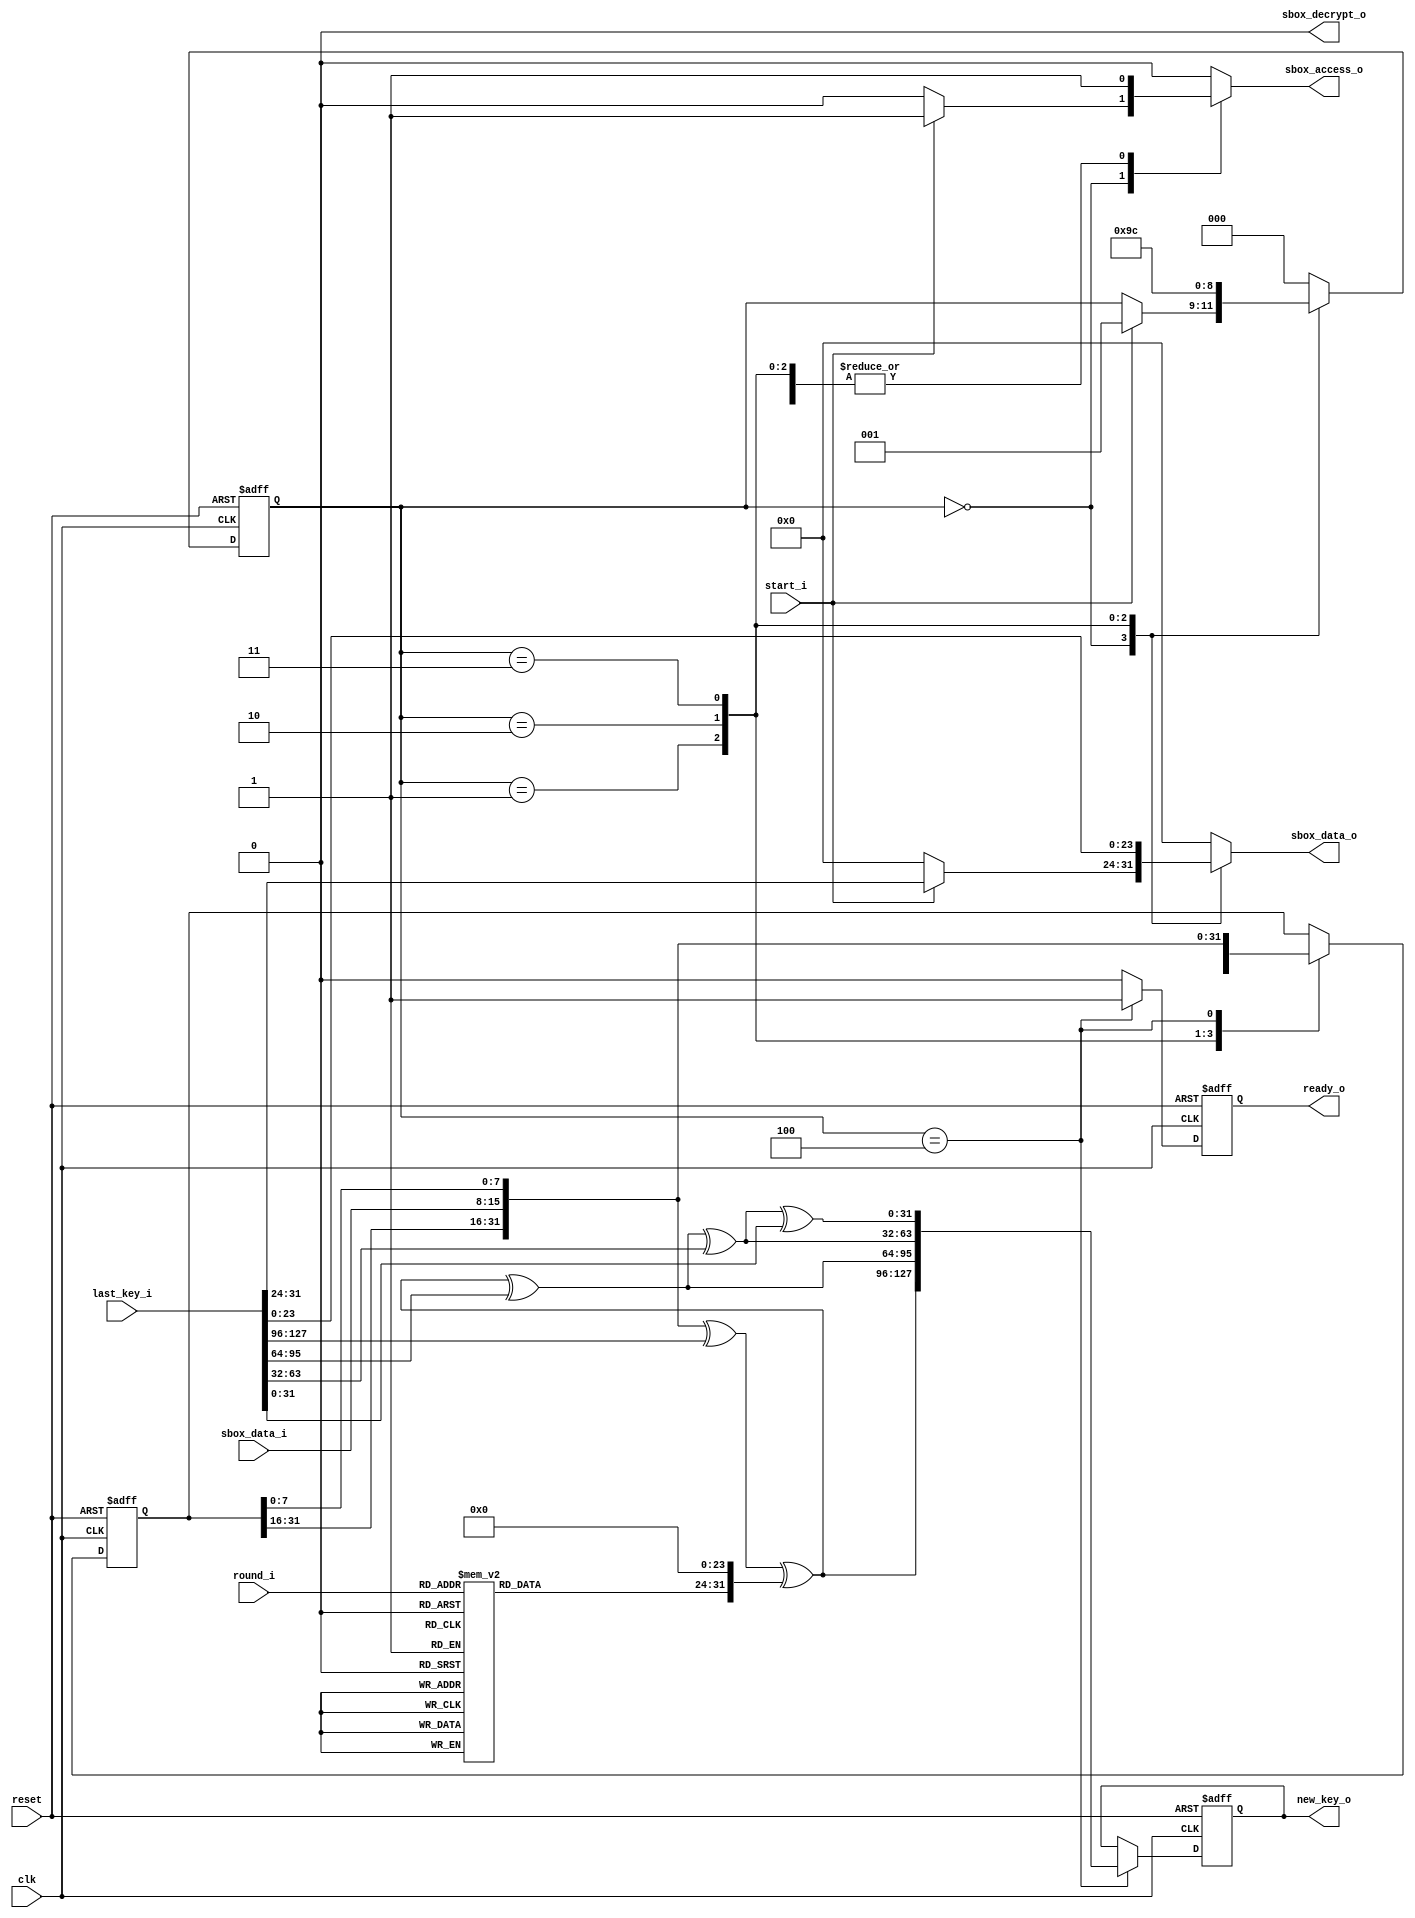
module keysched(clk,reset,start_i,round_i,last_key_i,new_key_o,ready_o,sbox_access_o,sbox_data_o,sbox_data_i,sbox_decrypt_o);

input clk;
input reset;
input start_i;
input [3:0] round_i;
input [127:0] last_key_i;
output [127:0] new_key_o;
output ready_o;
output sbox_access_o;
output [7:0] sbox_data_o;
input [7:0] sbox_data_i;
output sbox_decrypt_o;

reg [127:0] new_key_o;
reg ready_o;
reg sbox_access_o;
reg [7:0] sbox_data_o;
reg sbox_decrypt_o;

reg [2:0] next_state;
reg [2:0] state;
reg [7:0] rcon_o;
reg [31:0] next_col;
reg [31:0] col;
reg [127:0] key_reg;
reg [127:0] next_key_reg;
reg next_ready_o;


//rcon:
always @(  round_i)
begin

  case(round_i)

    1:
     begin
       rcon_o = (1);
     end
    2:
     begin
       rcon_o = (2);
     end
    3:
     begin
       rcon_o = (4);
     end
    4:
     begin
       rcon_o = (8);
     end
    5:
     begin
       rcon_o = ('h10);
     end
    6:
     begin
       rcon_o = ('h20);
     end
    7:
     begin
       rcon_o = ('h40);
     end
    8:
     begin
       rcon_o = ('h80);
     end
    9:
     begin
       rcon_o = ('h1B);
     end
   10:
     begin
       rcon_o = ('h36);
     end
   default:
     begin
       rcon_o = (0);
     end
  endcase

end


//registers:
always @(posedge clk or negedge reset)
begin

  if(!reset)
    begin
 
      state = (0);
      col = (0);
      key_reg = (0);
      ready_o = (0);

    end
    else
    begin
	
      state = (next_state);	
      col = (next_col);
      key_reg = (next_key_reg);
      ready_o = (next_ready_o);

    end

end


//generate_key:
reg[127:0] K_var,W_var;
reg[31:0] col_t;
reg[23:0] zero;
	
always @(start_i or last_key_i or sbox_data_i or state or rcon_o or col or key_reg)
begin

  zero=0;
	
  col_t=col;
  W_var=0;
	
  next_state = (state);
  next_col = (col);
	
  next_ready_o = (0);
  next_key_reg = (key_reg);
  new_key_o = (key_reg);
	
  sbox_decrypt_o = (0);
  sbox_access_o = (0);
  sbox_data_o = (0);
  K_var=last_key_i;
		
  case(state)
  //Substitute the bytes while rotating them
  //Four accesses to SBox are needed

    0:
     begin
       if(start_i)
       begin
	
         col_t=0;
         sbox_access_o = (1);
         sbox_data_o = (K_var[31:24]);
         next_state = (1);
	
       end
     end

    1:
     begin
	
       sbox_access_o = (1);
       sbox_data_o = (K_var[23:16]);
       col_t[7:0]=sbox_data_i;
       next_col = (col_t);
       next_state = (2);

     end

    2:
     begin

       sbox_access_o = (1);
       sbox_data_o = (K_var[15:8]);
       col_t[31:24]=sbox_data_i;
       next_col = (col_t);
       next_state = (3);

     end

    3:
     begin

       sbox_access_o = (1);
       sbox_data_o = (K_var[7:0]);	
       col_t[23:16]=sbox_data_i;
       next_col = (col_t);
       next_state = (4);
 
     end

    4:
     begin

       sbox_access_o = (1);
       col_t[15:8]=sbox_data_i;
       next_col = (col_t);
       W_var[127:96]=col_t^K_var[127:96]^{rcon_o,zero};		
       W_var[95:64]=W_var[127:96]^K_var[95:64];
       W_var[63:32]=W_var[95:64]^K_var[63:32];
       W_var[31:0]=W_var[63:32]^K_var[31:0];
       next_ready_o = (1);
       next_key_reg = (W_var);	
       next_state = (0);

     end

    default:
     begin
       
       next_state = (0);

     end

  endcase

end

endmodule